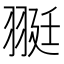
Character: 𦐿